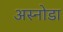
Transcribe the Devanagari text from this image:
अस्नोडा